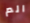
الم